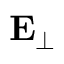
\mathbf { E } _ { \perp }